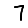
Digit: 7